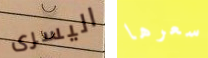
اليسرى سعرها